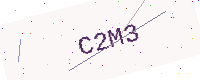
Text: C2M3